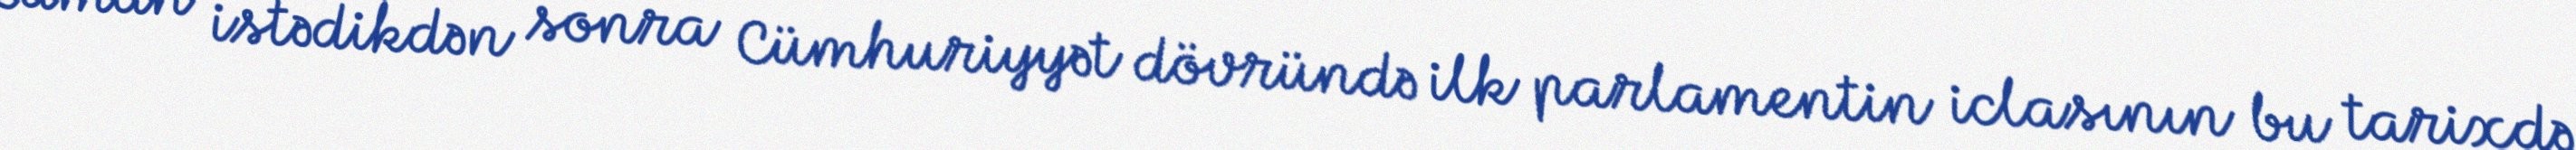
zaman istədikdən sonra Cümhuriyyət dövründə ilk parlamentin iclasının bu tarixdə